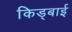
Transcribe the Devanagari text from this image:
किड्बाई